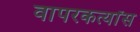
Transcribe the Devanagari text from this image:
वापरकर्त्यांस